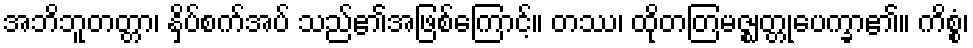
အဘိဘူတတ္တာ၊ နှိပ်စက်အပ် သည်၏အဖြစ်ကြောင့်။ တဿ၊ ထိုတတြမဇ္ဈတ္တုပေက္ခာ၏။ ကိစ္စံ၊